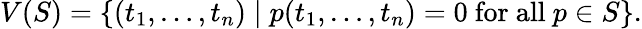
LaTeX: V(S)=\{ (t_{1},\dots,t_{n})\mid p(t_{1},\dots,t_{n})=0{\mathrm{~for~all~}}p\in S\} .